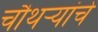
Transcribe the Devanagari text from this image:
चौथर्‍यांचे